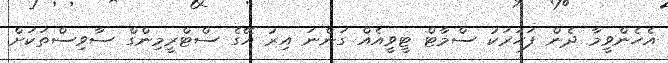
އެހެންވީމާ ދެން ފަހަރަކު ސްމާޓް ޓީވީއެއް ގަންނަ އިރު އޭގެ ސްޓްރީމިންގް ސާވިސްތަކަށް